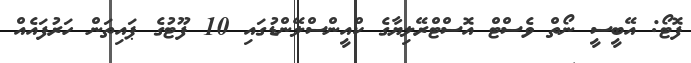
ފޮޓޯ: އޭބީސީ ނޯތް ވެސްޓް އޮސްޓްރޭލިޔާގެ ކްއީންސްލޭންޑުގައި 10 ފޫޓުގެ ޕައިތަން ހަރުފައެއް